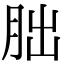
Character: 朏